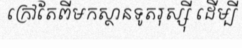
ក្រៅតែពីមកស្ថានទូតរុស្ស៊ី ដើម្បី